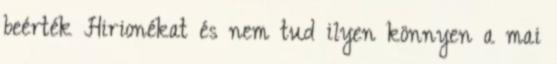
beérték Hirionékat és nem tud ilyen könnyen a mai